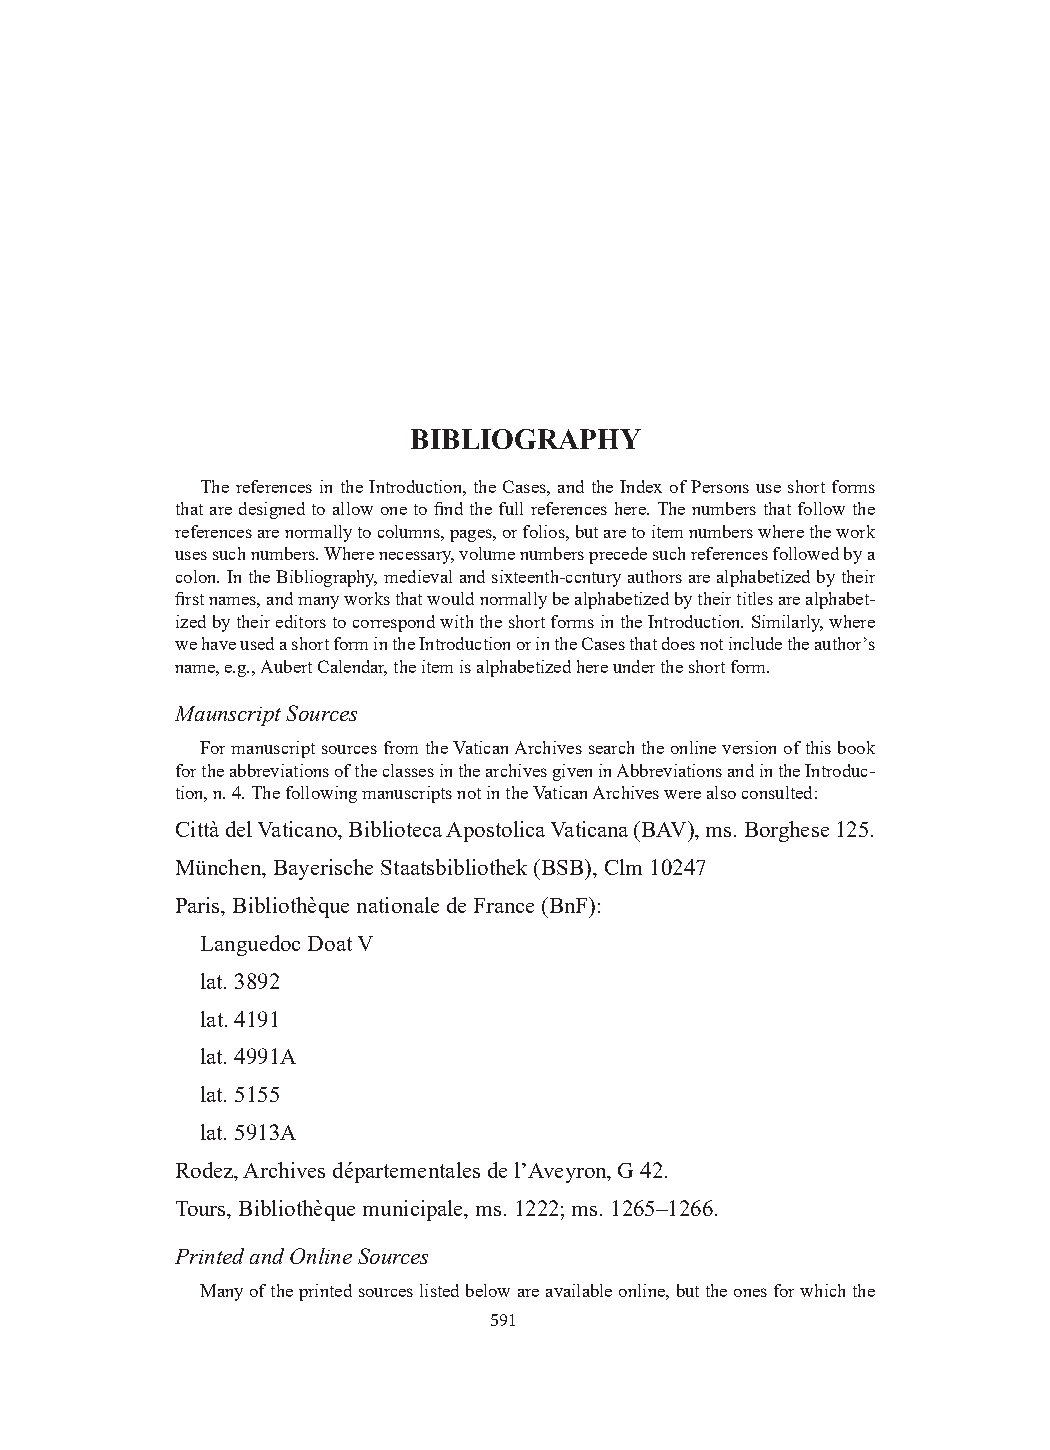
BIBLIOGRAPHY
 The references in the Introduction, the Cases, and the Index of Persons use short forms
 that are designed to allow one to find the full references here. The numbers that follow the
 references are normally to columns, pages, or folios, but are to item numbers where the work
 uses such numbers. Where necessary, volume numbers precede such references followed by a
 colon. In the Bibliography, medieval and sixteenth-ccntury authors are alphabetized by their
 first names, and many works that would normally be alphabetized by their titles are alphabet-
 ized by their editors to correspond with the short forms in the Introduction. Similarly, where
 we have used a short form in the Introduction or in the Cases that does not include the author’s
 name, e.g., Aubert Calendar, the item is alphabetized here under the short form.
 Maunscript Sources
 For manuscript sources from the Vatican Archives search the online version of this book
 for the abbreviations of the classes in the archives given in Abbreviations and in the Introduc-
 tion, n. 4. The following manuscripts not in the Vatican Archives were also consulted:
 Città del Vaticano, Biblioteca Apostolica Vaticana (BAV), ms. Borghese 125.
 München, Bayerische Staatsbibliothek (BSB), Clm 10247
 Paris, Bibliothèque nationale de France (BnF):
 Languedoc Doat V
 lat. 3892
 lat. 4191
 lat. 4991A
 lat. 5155
 lat. 5913A
 Rodez, Archives départementales de l’Aveyron, G 42.
 Tours, Bibliothèque municipale, ms. 1222; ms. 1265–1266.
 Printed and Online Sources
 Many of the printed sources listed below are available online, but the ones for which the
 591